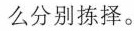
么分别拣择。